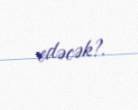
edəcək?.